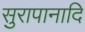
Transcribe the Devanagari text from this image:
सुरापानादि